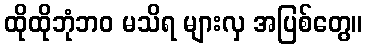
ထိုထိုဘုံဘဝ မသိရ များလှ အပြစ်တွေ။